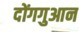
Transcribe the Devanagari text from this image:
दोंगगुआन